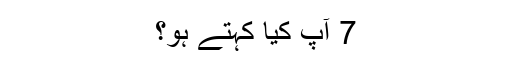
7 آٓپ کیا کہتے ہو؟